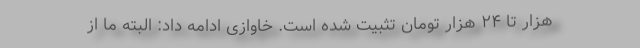
هزار تا ۲۴ هزار تومان تثبیت شده است. خاوازی ادامه داد: البته ما از